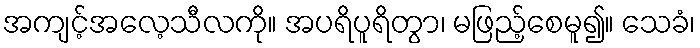
အကျင့်အလေ့သီလကို။ အပရိပူရိတွာ၊ မဖြည့်စေမူ၍။ သေခံ၊